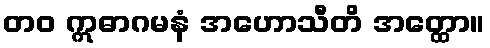
တဝ ဣဓာဂမနံ အဟောသီတိ အတ္ထော။